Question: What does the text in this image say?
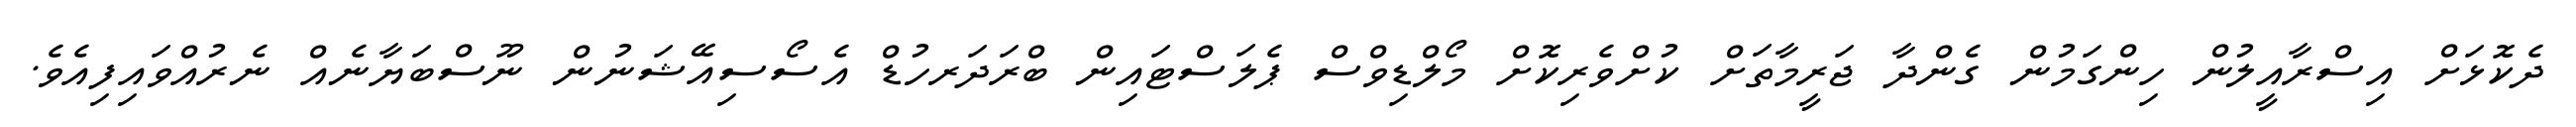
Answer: ދެކޮޅަށް އިސްރާއީލުން ހިންގަމުން ގެންދާ ޖަރީމާތަށް ކުށްވެރިކޮށް މޯލްޑިވްސް ޕެލަސްޓައިން ބްރަދަރހުޑް އެސޯސިއޭޝަނުން ނޫސްބަޔާނެއް ނެރުއްވައިފިއެވެ.